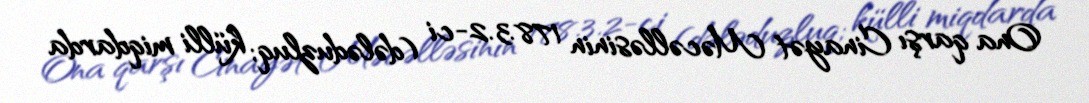
Ona qarşı Cinayət Məcəlləsinin 178.3.2-ci (dələduzluq; külli miqdarda